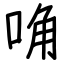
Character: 唃